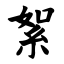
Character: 絮